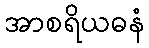
အာစရိယဓနံ